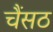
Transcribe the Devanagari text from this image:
चैंसठ